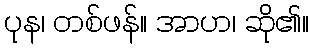
ပုန၊ တစ်ဖန်။ အာဟ၊ ဆို၏။